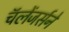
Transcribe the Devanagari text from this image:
चॅलेंजर्सने